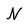
Character: N